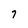
Character: 7